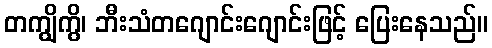
တကျွိကွိ၊ ဘီးသံတဂျောင်းဂျောင်းဖြင့် ပြေးနေသည်။